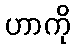
ဟာကို